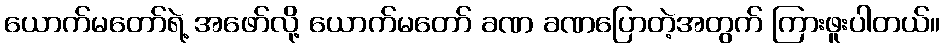
ယောက်မတော်ရဲ့ အဖော်လို့ ယောက်မတော် ခဏ ခဏပြောတဲ့အတွက် ကြားဖူးပါတယ်။